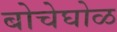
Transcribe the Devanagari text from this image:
बोचेघोळ